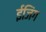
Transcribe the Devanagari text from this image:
ईजिंग